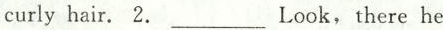
curly hair. 2. ___ Look, there he